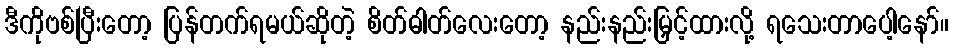
ဒီကိုဗစ်ပြီးတော့ ပြန်တက်ရမယ်ဆိုတဲ့ စိတ်ဓါတ်လေးတော့ နည်းနည်းမြှင့်ထားလို့ ရသေးတာပေါ့နော်။